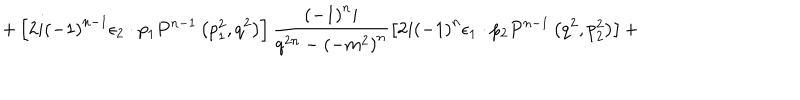
LaTeX: + \left[ 2 i { \left( - 1 \right) } ^ { n - 1 } { \epsilon } _ { 2 } \cdot p _ { 1 } P ^ { n - 1 } \left( p _ { 1 } ^ { 2 } , q ^ { 2 } \right) \right] \frac { { \left( - 1 \right) } ^ { n } i } { q ^ { 2 n } - { \left( - m ^ { 2 } \right) } ^ { n } } \left[ 2 i { \left( - 1 \right) } ^ { n } { \epsilon } _ { 1 } \cdot p _ { 2 } P ^ { n - 1 } \left( q ^ { 2 } , p _ { 2 } ^ { 2 } \right) \right] +